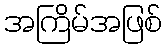
အကြိမ်အဖြစ်